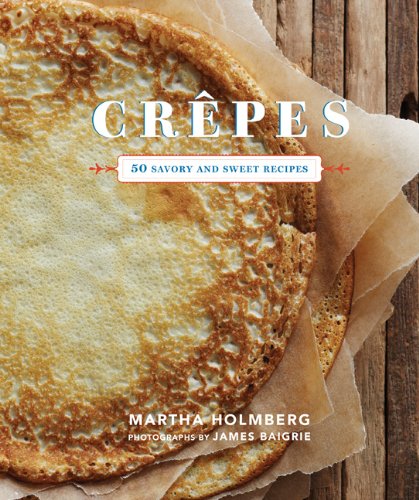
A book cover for Crepes: 50 Savory and Sweet Recipes; Martha Holmberg; Cookbooks, Food & Wine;